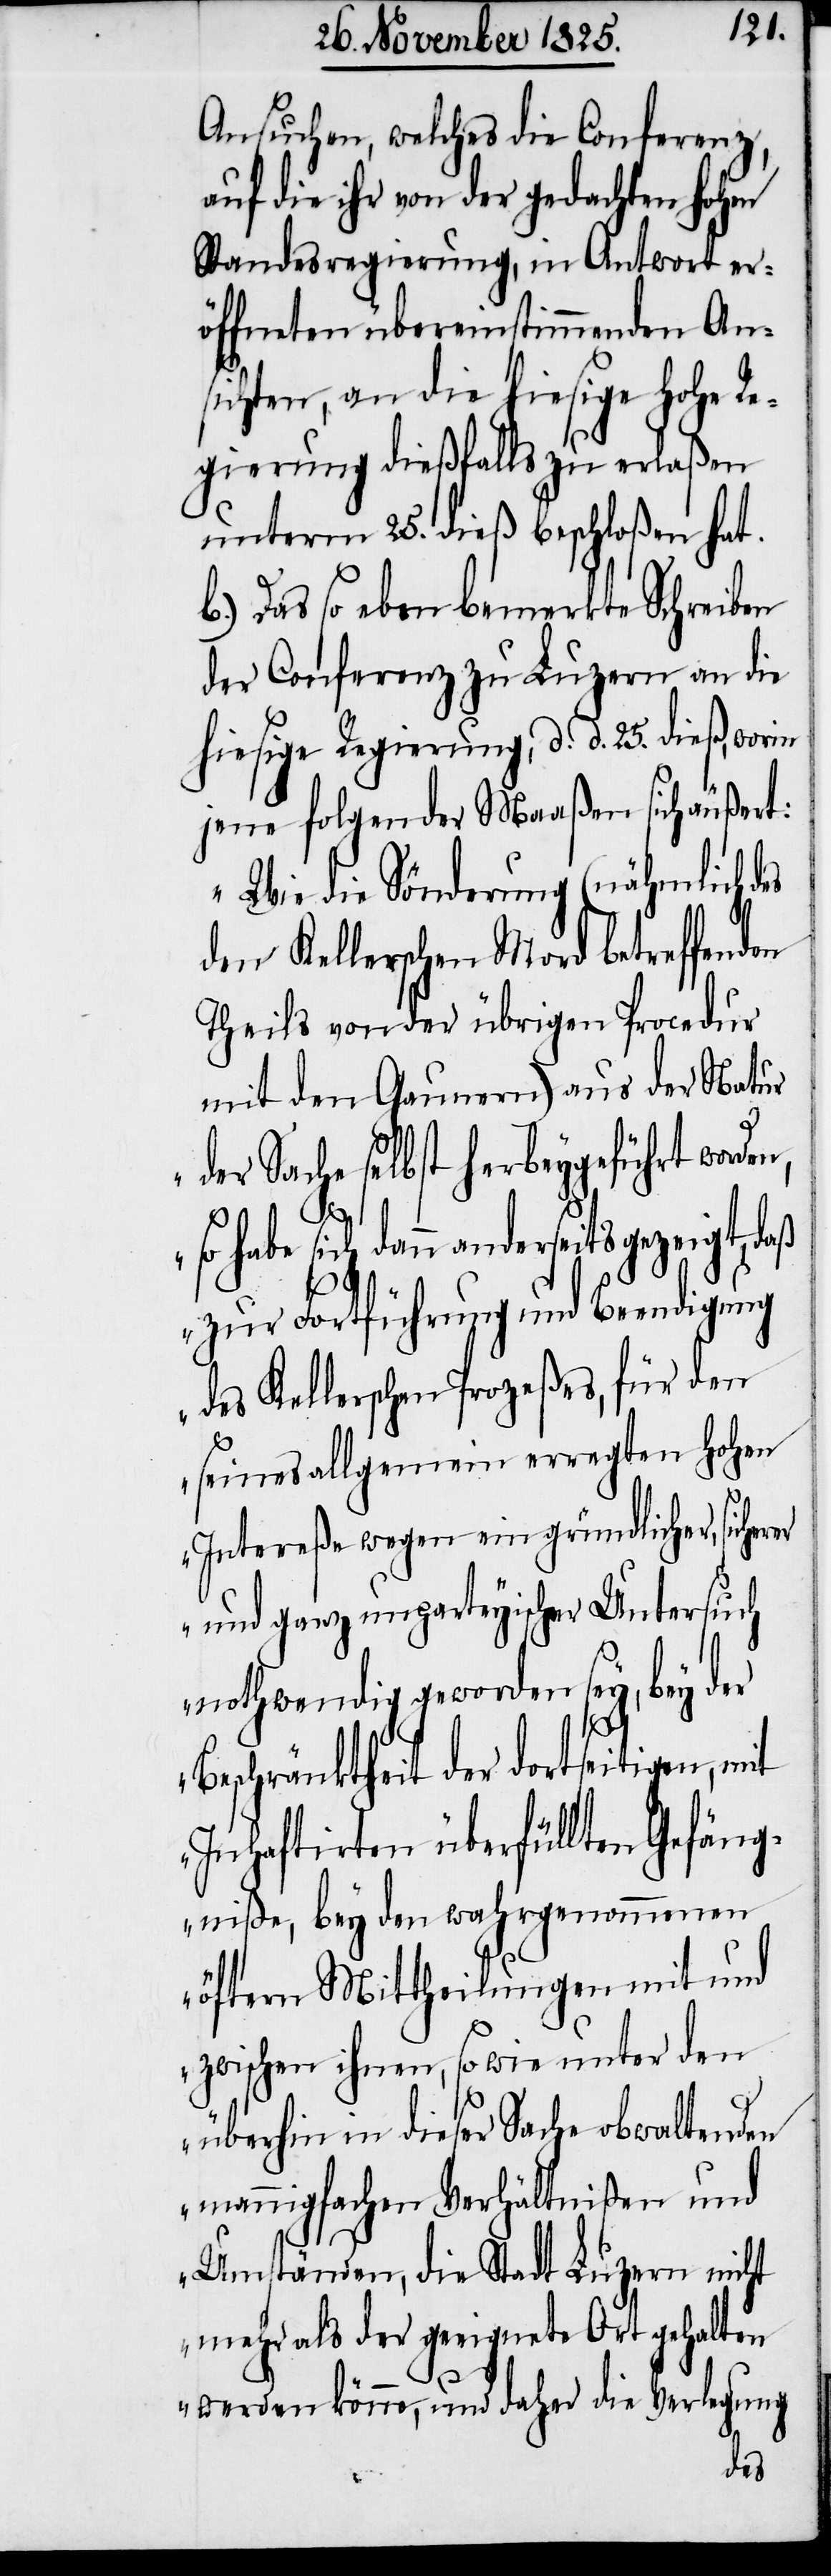
Ansuchen, welches die Conferenz,
auf die ihr von der gedachten hohen
Standesregierung, in Antwort er¬
öffneten übereinstimmenden An¬
sichten, an die hiesige hohe Re¬
gierung dießfalls zu erlaßen
unterm 25. dieß beschloßen hat.
b.) Das so eben bemerkte Schreiben
der Conferenz zu Luzern an die
hiesige Regierung, d. d. 25. dieß, worin
jene folgender Maaßen sich äußert:
„Wie die Sönderung (nähmlich des
dem Kellerschen Mord betreffenden
Theils von der übrigen Procedur
mit den Gaunern) aus der Natur
der Sache selbst herbeygeführt worde¬
er
so habe sich dann anderseits gezeigt, daß
zur Fortführung und Beendigung
des Kellerschen Prozeßes, für den
seines allgemein erregt hohen
Intereße wegen ein gründlicher, sicher¬
und ganz unparteyischer Untersuch
nothwendig geworden sey, bey der
Beschränktheit der dortseitigen,
Inhaftirten überfüllten Gefäng¬
niße, bey den wahrgenommenen
öftern Mittheilungen mit und
zwischen ihnen, so wie unter den
überhin in dieser Sache obwaltenden
mannigfachen Verhältnißen und
Umständen, die Stadt Luzern nicht
mehr als der geeignete Ort gehalten
werden könne, daher die Verlegung